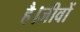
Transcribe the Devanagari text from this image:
है।जीवों